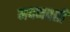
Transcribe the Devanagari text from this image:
मदनवती